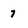
Character: 7